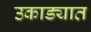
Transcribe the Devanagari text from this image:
उकाड्यात